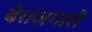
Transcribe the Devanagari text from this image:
बेराजगारी